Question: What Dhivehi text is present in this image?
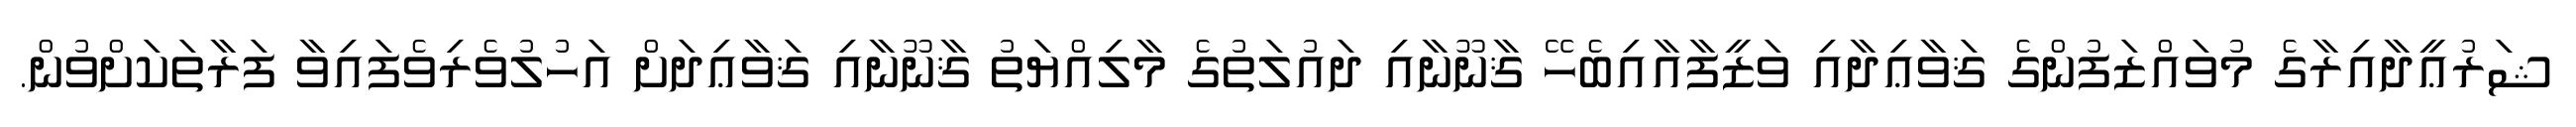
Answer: ޝަރުޢީދާއިރާގެ މުވައްޒަފުންގެ ޤަވާޢިދާއި ވަޒީފާއާއިބެހޭ ޤާނޫނާއި ދައުލަތުގެ މާލިއްޔަތު ޤާނޫނާއި ޤަވާޢިދަށް އަހުލުވެރިވެފައިވާ ފަރާތަކަށްވުން.